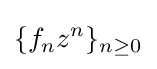
\{f_{n}z^{n}\}_{n\geq 0}